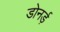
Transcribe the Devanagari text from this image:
डोनर्ड़